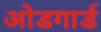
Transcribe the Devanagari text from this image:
ओडगार्ड